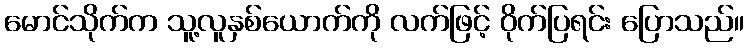
မောင်သိုက်က သူ့လူနှစ်ယောက်ကို လက်ဖြင့် ဝိုက်ပြရင်း ပြောသည်။